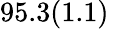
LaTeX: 95.3(1.1)\